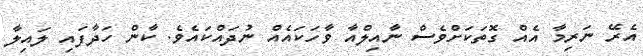
އެރޭ ނަރިމާ އެއް ގޮތަކަށްވެސް ނާއިލްއާ ވާހަކައެއް ނުދައްކައެވެ. ކާން ހަދާފައި ލައިލާ